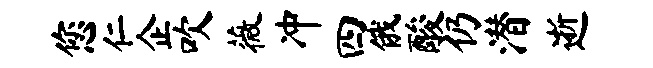
您仁企吹薇冲四俄酸仍潜逝